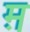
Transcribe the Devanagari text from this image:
म़